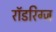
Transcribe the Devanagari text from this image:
रॉडरिग्ज